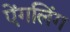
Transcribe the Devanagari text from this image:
ऐंगलिंग